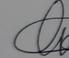
Signature authenticity: genuine